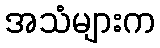
အသံများက